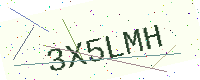
Text: 3X5LMH